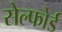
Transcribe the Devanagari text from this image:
सेल्फोर्ड